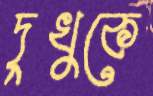
দুখুকে